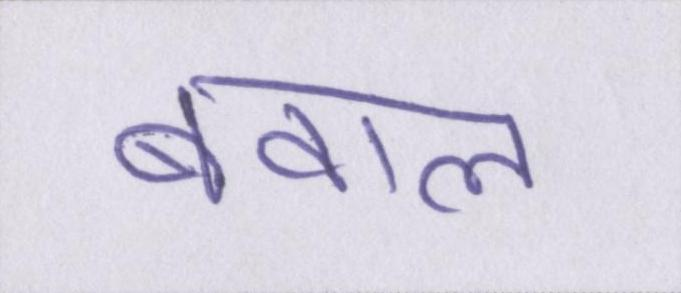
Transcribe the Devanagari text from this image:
बवाल